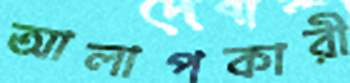
আলাপকারী